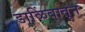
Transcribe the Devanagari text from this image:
डाळिंबातून